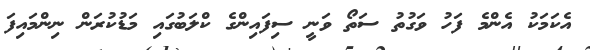
އެކަމަކު އެންމެ ފަހު ވަގުތު ސަތޯ ވަނީ ސިފައިންގެ ކްލަބުގައި މަޑުކުރަން ނިންމައިފަ